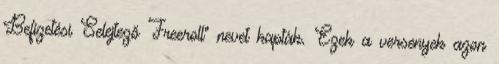
Befizetési Selejtező Freeroll" nevet kapták. Ezek a versenyek azon